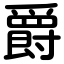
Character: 爵